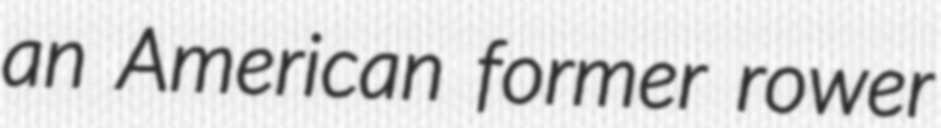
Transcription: an American former rower